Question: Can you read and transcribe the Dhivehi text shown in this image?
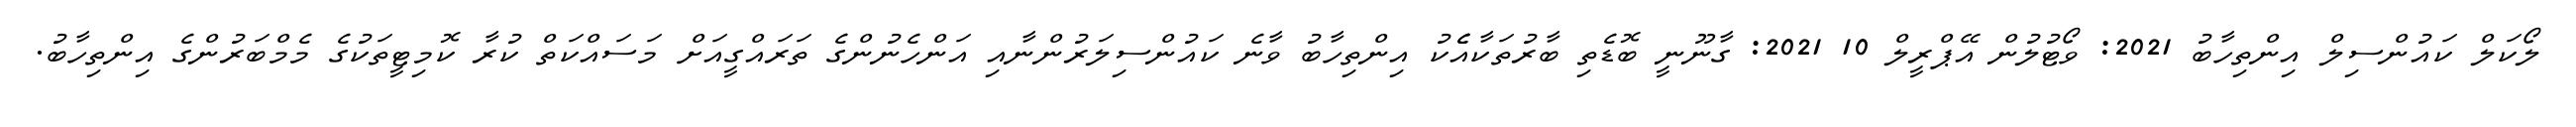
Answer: ލޯކަލް ކައުންސިލް އިންތިހާބު 2021: ވޯޓުލުން އޭޕްރީލް 10 2021: ގާނޫނީ ބޮޑެތި ބާރުތަކާއެެކު އިންތިހާބު ވާނެ ކައުންސިލަރުންނާއި އަންހެނުންގެ ތަރައްގީއަށް މަސައްކަތް ކުރާ ކޮމިޓީތަކުގެ މެމްބަރުންގެ އިންތިހާބު.